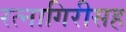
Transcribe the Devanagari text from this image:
रत्नागिरीसह